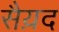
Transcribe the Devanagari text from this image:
सैय़द